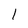
Character: l